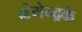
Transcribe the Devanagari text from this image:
क्षेमेन्द्रके